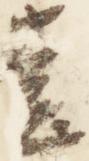
堂